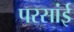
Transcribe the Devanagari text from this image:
परसांई